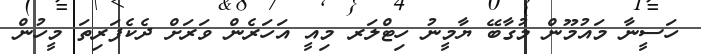
ހަސީނާ މައުމޫން މުގާބޭ ޔާމީނު ހިޓްލަރ މިއީ އަހަރެން ވަރަށް ދެކެފަރިތަ މީހުން